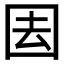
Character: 𭍝